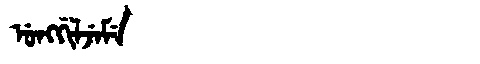
Manchu: ᡠᠩᡤᡳᠯᠵᡝᠮᡝ
Romanization: UNGGILJEME